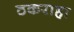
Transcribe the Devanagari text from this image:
ठकराहा